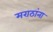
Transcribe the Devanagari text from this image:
मराठांना